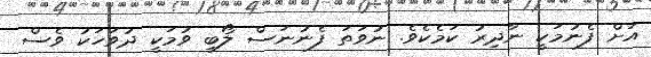
އަށް ފެނުމަކީ ނާދިރު ކަމެކެވެ. ނުވަތަ ފެނުނަސް ލޯބި ވުމަކީ ދުވަހަކު ވެސް